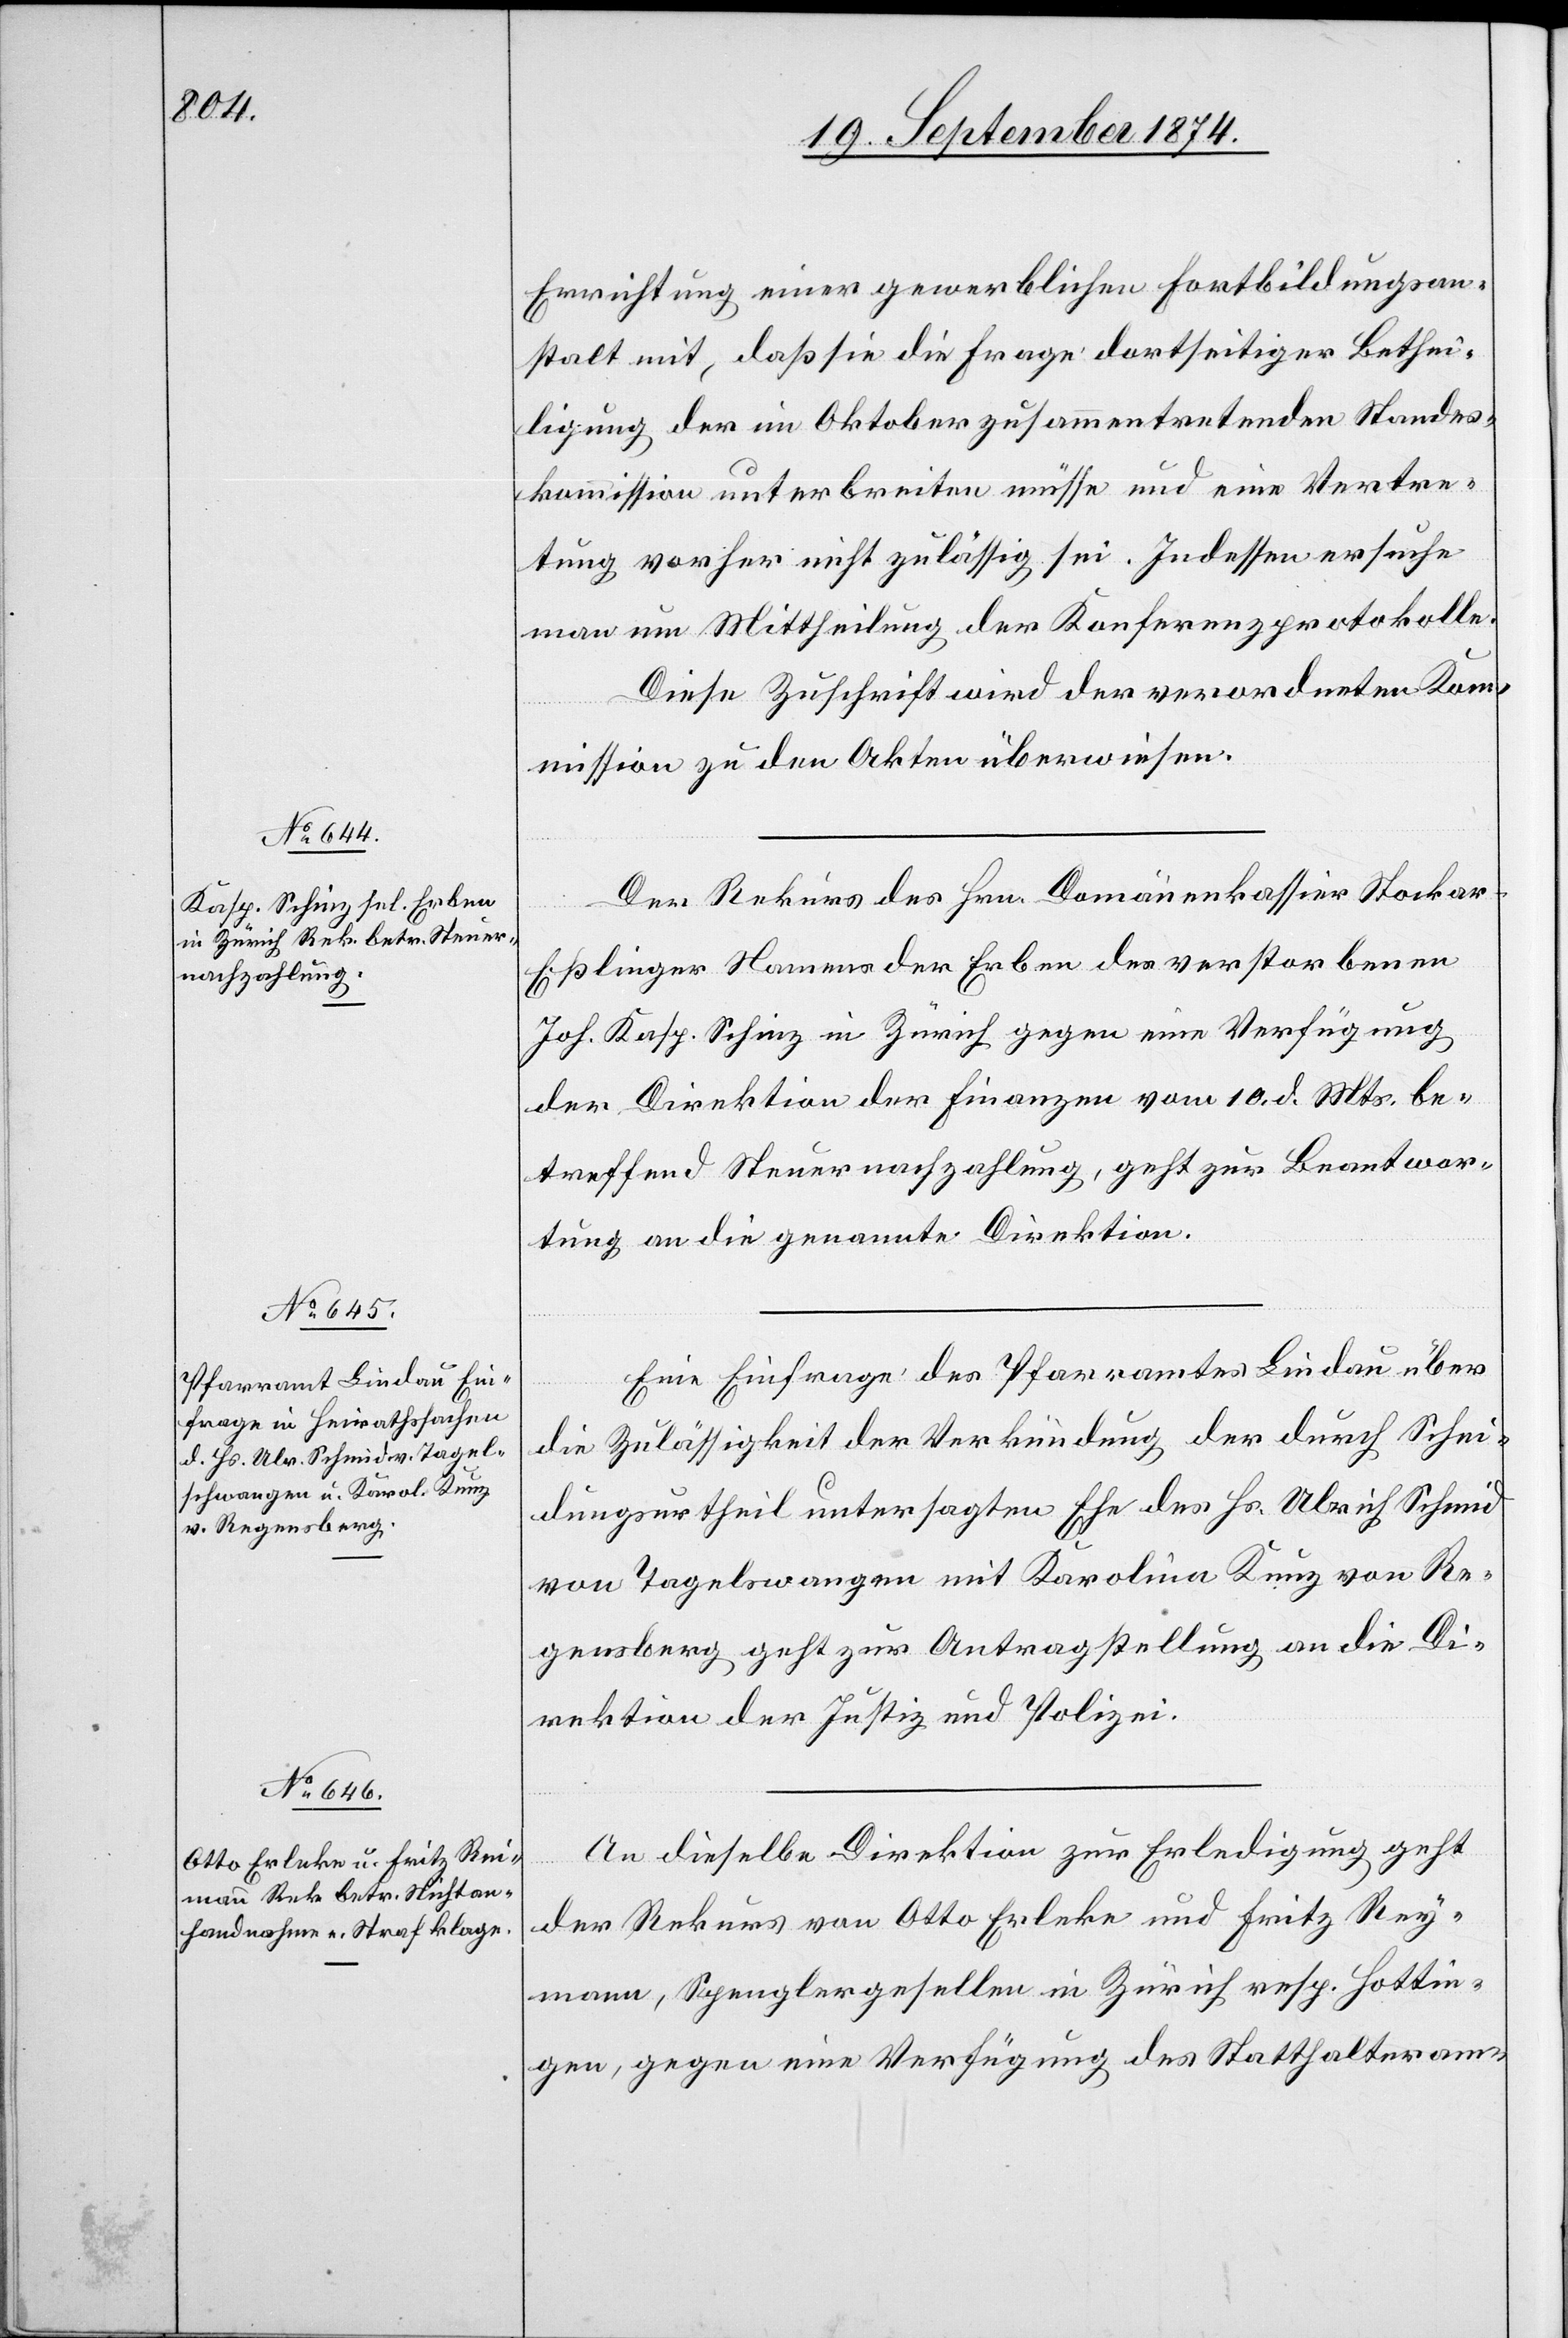
21. September 1874.]
Errichtung einer gewerblichen Fortbildungsan¬
stalt mit, daß sie die Frage dortseitiger Bethei¬
ligung der im Oktober zusammentretenden Standes¬
kommission unterbreiten müsse und eine Vertre¬
tung vorher nicht zulässig sei. Indessen ersuche
man um Mittheilung der Konferenzprotokolle.
Diese Zuschrift wird der verordneten Kom¬
mission zu den Akten überwiesen.
Der Rekurs des Hrn. Domänenkassier Stocke¬
[si¬
r-Eßlinger Namens der Erben des verstorbenen
Joh. Kasp. Schinz in Zürich gegen eine Verfügung
der Direktion der Finanzen vom 10. d. Mts. be¬
treffend Steuernachzahlung, geht zur Beantwor¬
tung an die genannte Direktion.
Eine Einfrage des Pfarramtes Lindau über
die Zulässigkeit der Verkündung der durch Schei¬
dungsurtheil untersagten Ehe des Hs. Ulrich Schmid
von Tagelswangen [sic!] mit Karolina Kunz von Re¬
gensberg geht zur Antragstellung an die Di¬
rektion der Justiz und Polizei.
An dieselbe Direktion zur Erledigung geht
der Rekurs von Otto Erleke und Fritz Rey¬
c!], Spenglergesellen in Zürich resp. Hottin¬
gen, gegen eine Verfügung des Statthalteram-